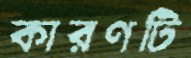
কারণটি